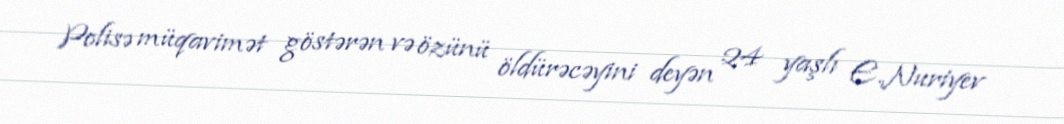
Polisə müqavimət göstərən və özünü öldürəcəyini deyən 24 yaşlı E.Nuriyev